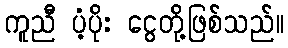
ကူညီ ပံ့ပိုး ငွေတို့ဖြစ်သည်။